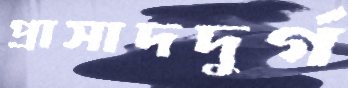
প্রাসাদদুর্গ